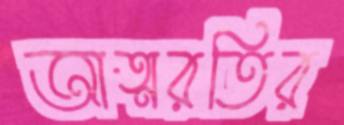
আত্মরতির